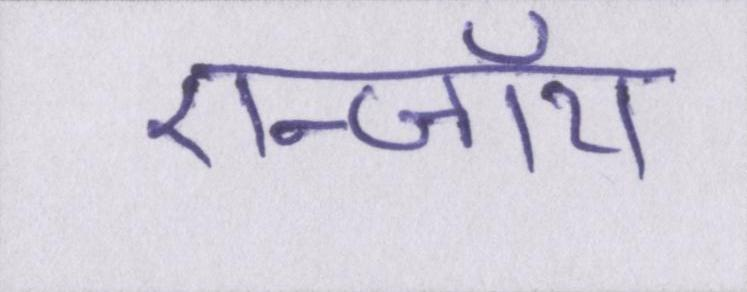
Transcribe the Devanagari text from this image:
एन्जॉय